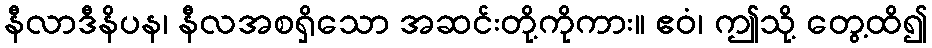
နီလာဒီနိပန၊ နီလအစရှိသော အဆင်းတို့ကိုကား။ ဧဝံ၊ ဤသို့ တွေ့ထိ၍